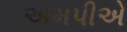
એમપીએ